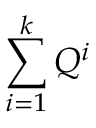
\sum _ { i = 1 } ^ { k } Q ^ { i }